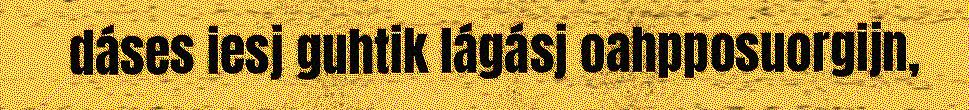
dáses iesj guhtik lágásj oahpposuorgijn,